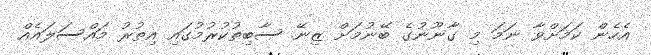
އެހެން ކަމަށްވާ ނަމަ މި ގާނޫނުގެ ބޭނުމަށް ޒިނޭ ސާބިތުކުރުމުގައި އިތުރު މައްސަލައެއް